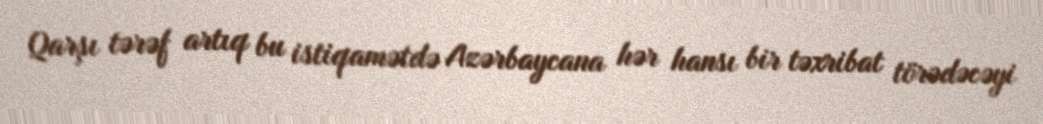
Qarşı tərəf artıq bu istiqamətdə Azərbaycana hər hansı bir təxribat törədəcəyi